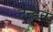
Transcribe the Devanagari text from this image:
टन्डन